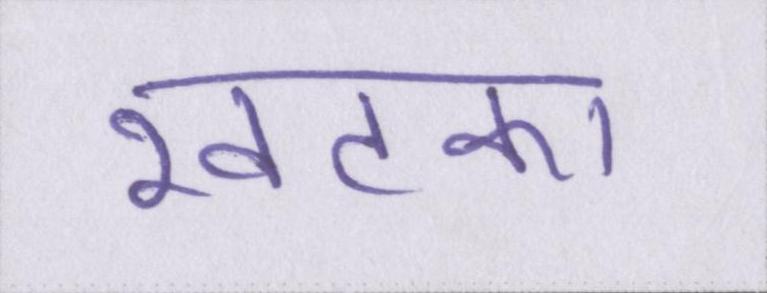
खटका